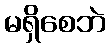
မရှိစေဘဲ